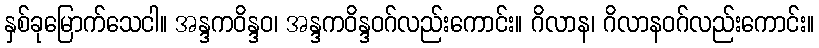
နှစ်ခုမြောက်သေငါ။ အန္ဒကဝိန္ဒဝ၊ အန္ဒကဝိန္ဒဝဂ်လည်းကောင်း။ ဂိလာန၊ ဂိလာနဝဂ်လည်းကောင်း။